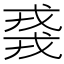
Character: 𫻸